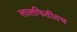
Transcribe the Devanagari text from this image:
लालफितीतच